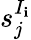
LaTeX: s_{j}^{I_{\mathbf{i}}}